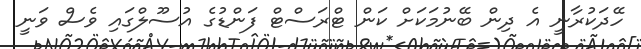
ހޭދަކުރާނީ އެ ދިން ބޭނުމަކަށް ކަން ޓްރަސްޓް ފަންޑުގެ އުސޫލްގައި ވެސް ވަނީ